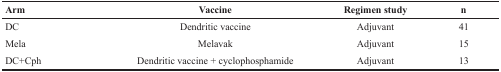
<table><thead><tr><td><b>Arm</b></td><td><b>Vaccine</b></td><td><b>Regimen study</b></td><td><b>n</b></td></tr></thead><tbody><tr><td>DC</td><td>Dendritic vaccine</td><td>Adjuvant</td><td>41</td></tr><tr><td>Mela</td><td>Melavak</td><td>Adjuvant</td><td>15</td></tr><tr><td>DC+Cph</td><td>Dendritic vaccine + cyclophosphamide</td><td>Adjuvant</td><td>13</td></tr></tbody></table>